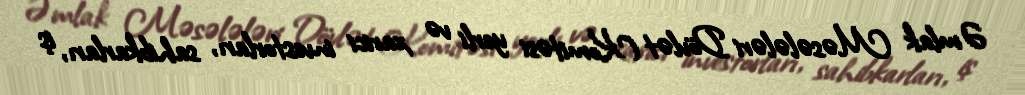
Əmlak Məsələləri Dövlət Komitəsi yerli və xarici investorları, sahibkarları, iş